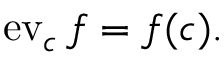
\operatorname { e v } _ { c } f = f ( c ) .